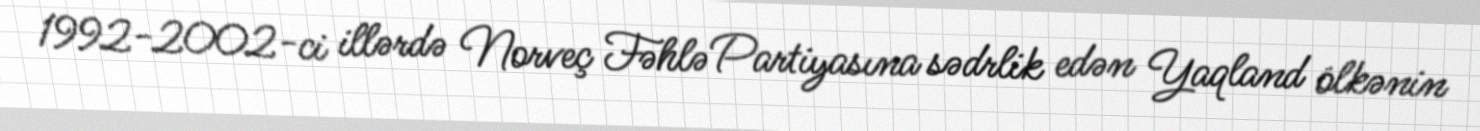
1992-2002-ci illərdə Norveç Fəhlə Partiyasına sədrlik edən Yaqland ölkənin